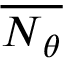
\overline { { \boldsymbol { N } _ { \theta } } }